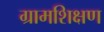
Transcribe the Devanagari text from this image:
ग्रामशिक्षण